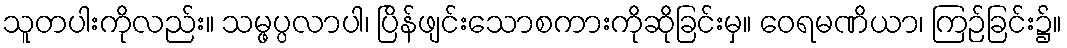
သူတပါးကိုလည်း။ သမ္ဖပ္ပလာပါ၊ ပြိန်ဖျင်းသောစကားကိုဆိုခြင်းမှ။ ဝေရမဏိယာ၊ ကြဉ်ခြင်း၌။